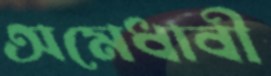
অমেধাবী